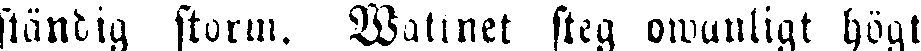
ständig storm. Wattnet steg owanligt högt